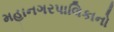
મહાનગરપાલિકાનો